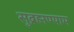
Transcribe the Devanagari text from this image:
सुब्रह्मण्याम